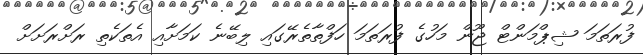
ފުރަތަމަ ޝިޕްމަންޓް ޖޫން މަހުގެ ފުރަތަމަ ހަފްތާތެރޭގައި ލިބޭނެ ކަމަށާއި އެތަކެތި ރަށްރަށަށް